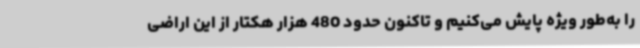
را به‌طور ویژه پایش می‌کنیم و تاکنون حدود 480 هزار هکتار از این اراضی